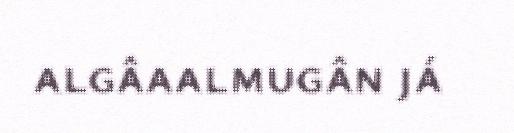
algâaalmugân já